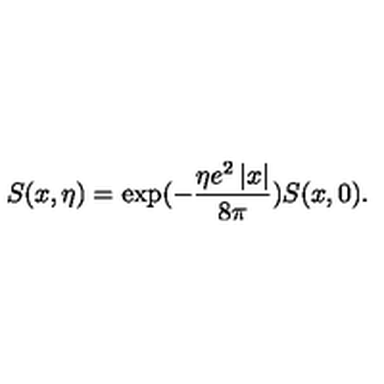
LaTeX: S ( x , \eta ) = \exp ( - \frac { \eta e ^ { 2 } \left| x \right| } { 8 \pi } ) S ( x , 0 ) .